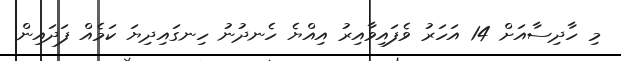
މި ހާދިސާއަށް 14 އަހަރު ވެފައިވާއިރު އިއްޔެ ހެނދުނު ހިނގައިދިޔަ ކަމެއް ފަދައިން